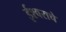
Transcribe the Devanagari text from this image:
ईश्‍वराचे